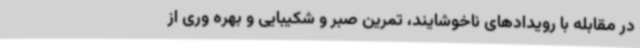
در مقابله با رویدادهای ناخوشایند، تمرین صبر و شکیبایی و بهره وری از